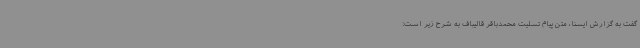
گفت به گزارش ایسنا، متن پیام تسلیت محمدباقر قالیباف به شرح زیر است: